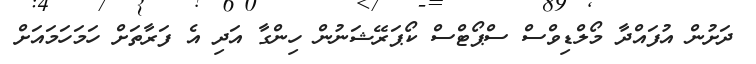
ދަށުން އުފައްދާ މޯލްޑިވްސް ސްޕޯޓްސް ކޯޕަރޭޝަނުން ހިންގާ އަދި އެ ފަރާތަށް ހަމަހަމައަށް